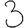
Digit: 3